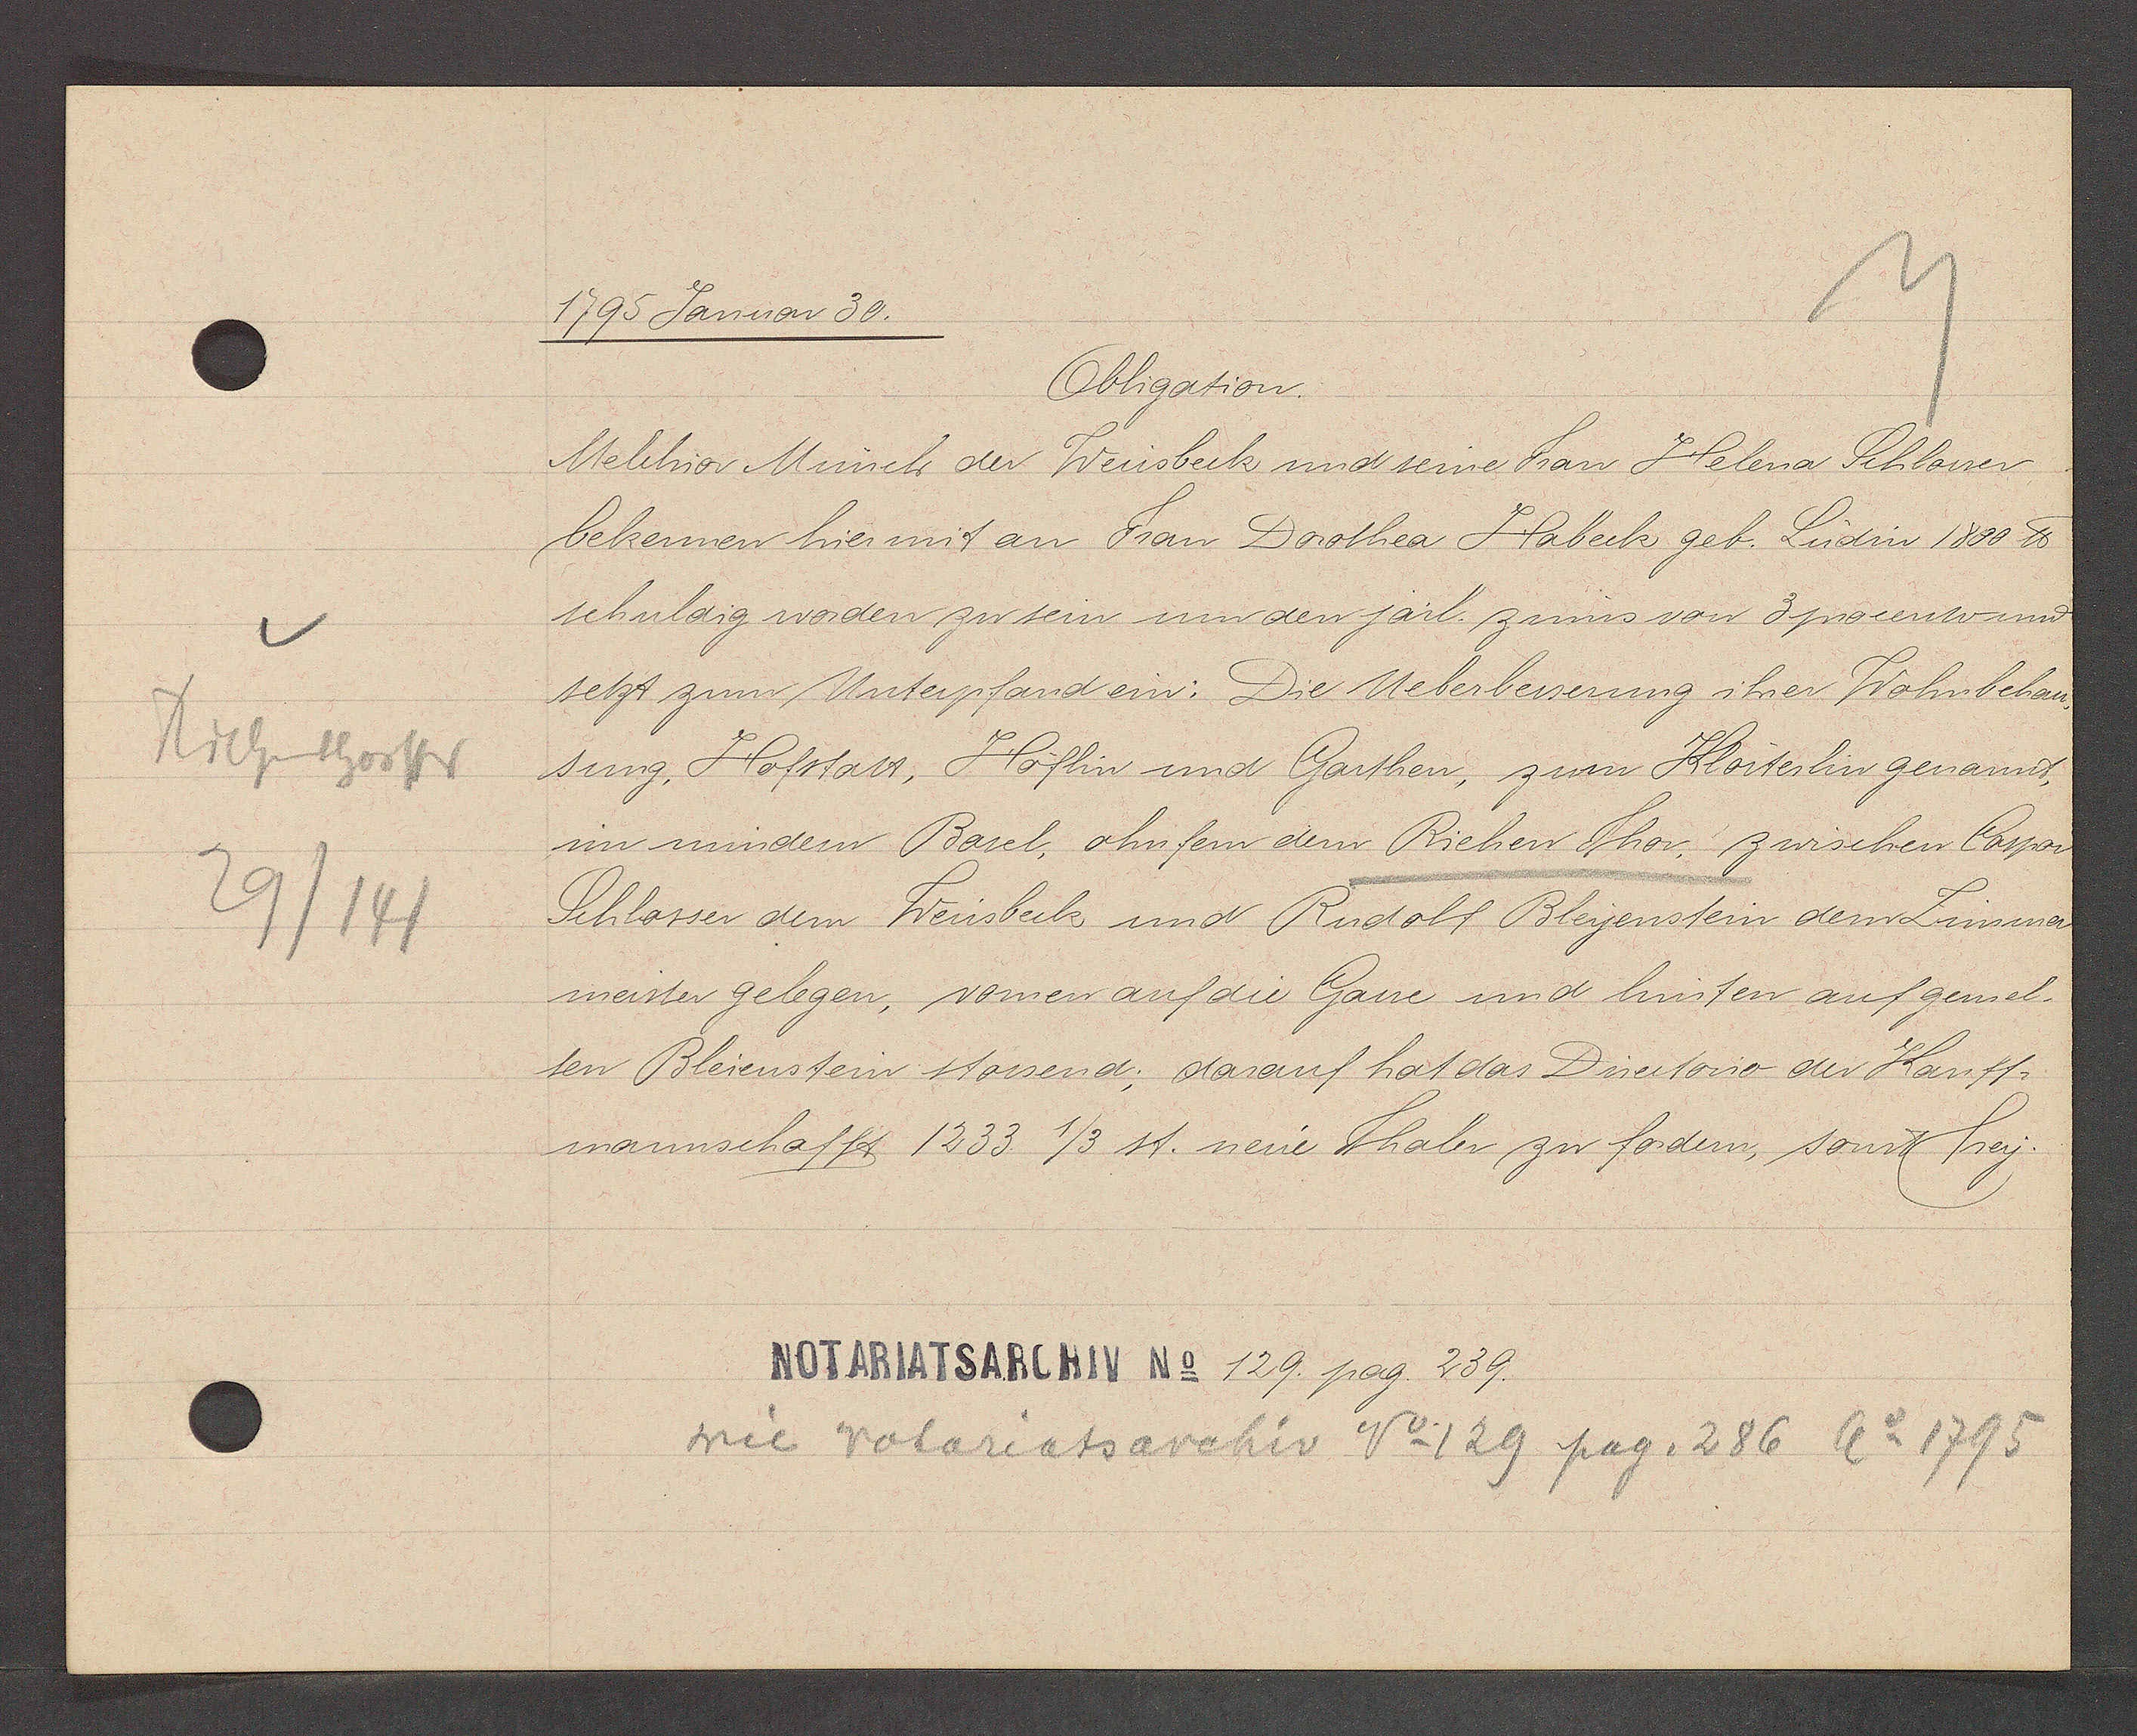
Transcript:
Riehentorstr
29/141

1795 Januar 30.

Melchior Münch der Weissbeck und seine Frau Helena Schlosser
bekennen hiermit an Frau Dorothea Habeck geb. Ludin 1800 ℔
schuldig worden zu sein um den järl. zinns von 3 procento und
setzt zum Unterpfand ein: Die Ueberbesserung ihrer Wohnbehau¬
sung Hofstatt, Höflin und Garthen, zum Klösterlin genannd,
im mindern Basel, ohnferrn dem Riehen Thor: zwischen Caspar
Schlosser dem Weissbeck und Rudolf Bleyenstein dem Zimmer
meister gelegen, vornen auf die Gasse und hinten auf gemel¬
ten Bleienstein stossend; darauf hat das Directorio der Kauff-
mannschafft 1233 1/3 st. neue Thaler zu fordern, sonst frey.
Obligation.

Notariatsarchiv No 129. pag. 239.

wie Notariatsarchiv No 120 pag. 286 ao 1795